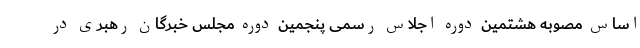
اساس مصوبه هشتمین دوره اجلاس رسمی پنجمین دوره مجلس خبرگان رهبری در